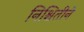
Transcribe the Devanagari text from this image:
निश्चितीने